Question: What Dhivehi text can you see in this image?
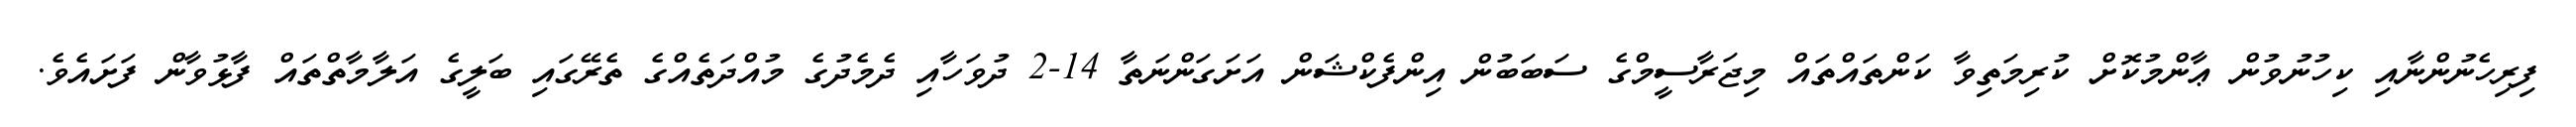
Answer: ފިރިހެނުންނާއި ކިހުނުވުން ޢާންމުކޮށް ކުރިމަތިވާ ކަންތައްތައް މިޖަރާސީމްގެ ސަބަބުން އިންފެކްޝަން އަށަގަންނަތާ 14-2 ދުވަހާއި ދެމެދުގެ މުއްދަތެއްގެ ތެރޭގައި ބަލީގެ އަލާމާތްތައް ފާޅުވާން ފަށައެވެ.